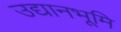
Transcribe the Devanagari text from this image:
उद्यानभूमि